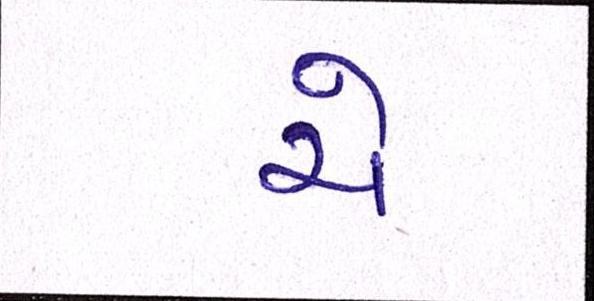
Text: ચે